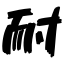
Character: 耐